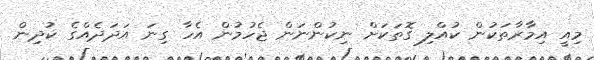
މިއީ އިމާރާތަކުން ކުއްލި ގޮތަކަށް ނިކުންނަން ޖެހުމުން އެހާ ގިނަ އަދަދެއްގެ ކުދިން